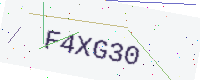
Text: F4XG30